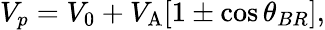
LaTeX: V_{p}=V_{0}+V_{\mathrm{A}}[1\pm\cos{\theta_{BR}}],